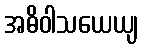
အဓိဝါသယေယျ